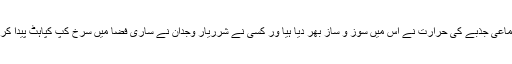
کسی اجتماعی جذبے کی حرارت نے اس میں سوز و ساز بھر دیا ہیا ور کسی نے شرریار وجدان نے ساری فضا میں سرخ کپ کپاہٹ پیدا کر دی ہے۔